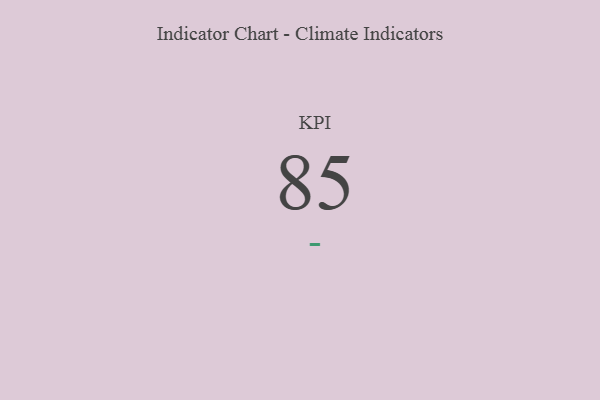
{"axis": {"x": "KPI", "y": "Value"}, "legend": [""], "data": [{"x": "KPI", "y": 85, "type": ""}]}